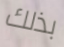
بذلك